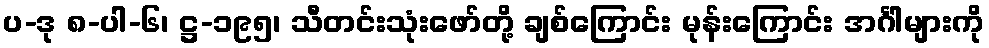
ပ-ဒု ၈-ပါ-၆၊ ဋ္ဌ-၁၉၅၊ သီတင်းသုံးဖော်တို့ ချစ်ကြောင်း မုန်းကြောင်း အင်္ဂါများကို